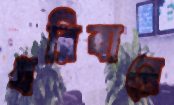
ধরিবারে